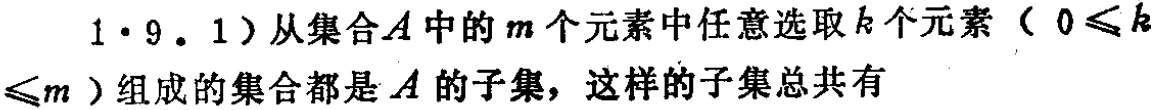
1·9. 1）从集合\(A\)中的\(m\)个元素中任意选取\(k\)个元素（\(0\leqslant k\leqslant m\)）组成的集合都是\(A\)的子集，这样的子集总共有